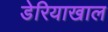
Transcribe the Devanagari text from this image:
डेरियाखाल